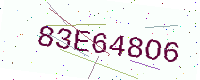
Text: 83E648O6